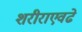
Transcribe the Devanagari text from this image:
शरीराएवढे